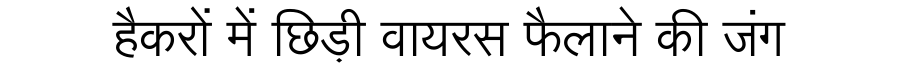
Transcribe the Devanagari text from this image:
हैकरों में छिड़ी वायरस फैलाने की जंग